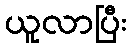
ယူလာပြီး